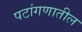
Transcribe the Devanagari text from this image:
पटांगणातील